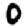
Digit: 0